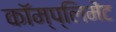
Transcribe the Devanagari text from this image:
कॉम्प्लिमेंट